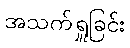
အသက်ရှူခြင်း